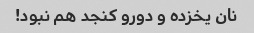
نان یخزده و دورو کنجد هم نبود!